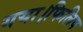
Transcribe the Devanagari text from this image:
गया।फिलिप